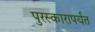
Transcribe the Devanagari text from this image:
पुरस्कारापर्यंत